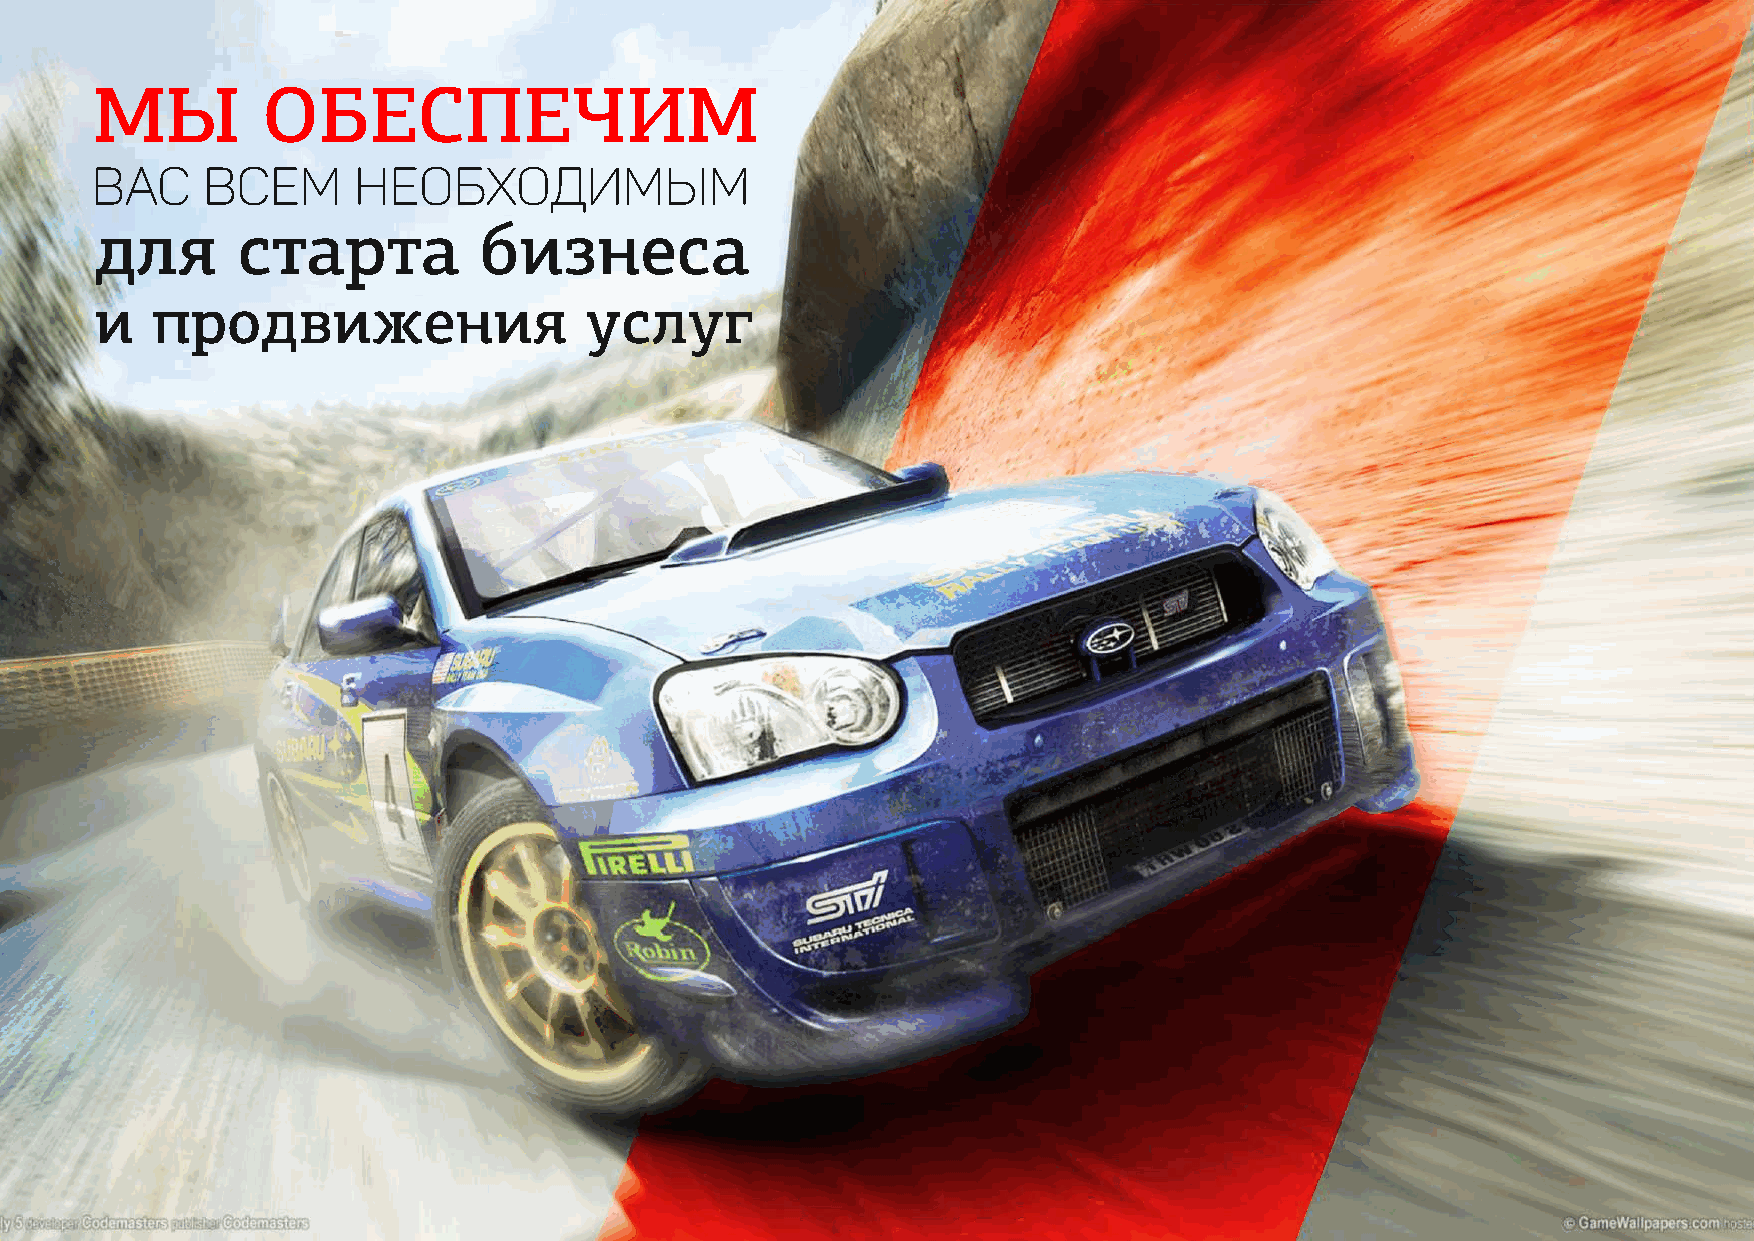
МЫ         ОБЕСПЕЧИМ
 Вас    всем      необходимым
 для       старта          бизнеса
 и   продвижения                  услуг